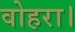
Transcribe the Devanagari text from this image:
वोहरा।